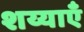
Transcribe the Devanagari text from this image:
शय्याएँ